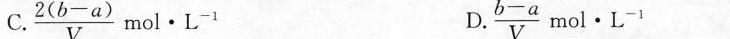
C.$$ \frac { 2 ( b - a ) } { V } m o l · L^ { - 1 }$$ D.$$ \frac { b - a } { V } m o